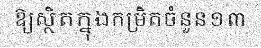
ឱ្យស្ថិតក្នុងកម្រិតចំនួន១៣